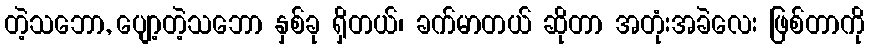
တဲ့သဘော, ပျော့တဲ့သဘော နှစ်ခု ရှိတယ်၊ ခက်မာတယ် ဆိုတာ အတုံးအခဲလေး ဖြစ်တာကို